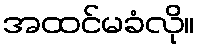
အထင်မခံလို။